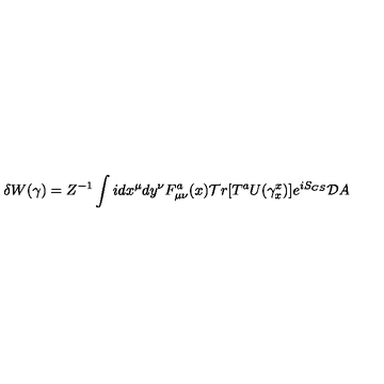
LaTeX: \delta W ( \gamma ) = Z ^ { - 1 } \int i d x ^ { \mu } d y ^ { \nu } F _ { \mu \nu } ^ { a } ( x ) { \cal T } r [ T ^ { a } U ( \gamma _ { x } ^ { x } ) ] e ^ { i S _ { C S } } { \cal D } A